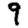
Digit: 9